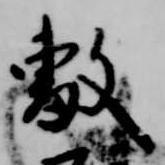
敷